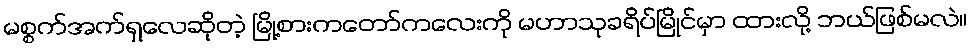
မစ္စက်အက်ရှလေဆိုတဲ့ မြို့စားကတော်ကလေးကို မဟာသုခရိပ်မြိုင်မှာ ထားလို့ ဘယ်ဖြစ်မလဲ။